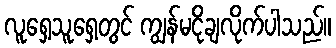
လူရှေ့သူရှေ့တွင် ကျွန်မငိုချလိုက်ပါသည်။